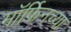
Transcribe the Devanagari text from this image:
मॉर्फिनच्या